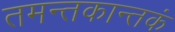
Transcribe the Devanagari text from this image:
तमन्तकान्तकं